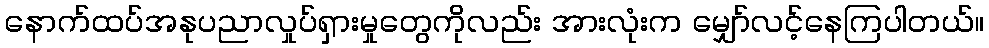
နောက်ထပ်အနုပညာလှုပ်ရှားမှုတွေကိုလည်း အားလုံးက မျှော်လင့်နေကြပါတယ်။